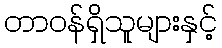
တာဝန်ရှိသူများနှင့်